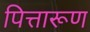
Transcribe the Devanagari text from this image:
पित्तारूण